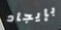
بإيجاد